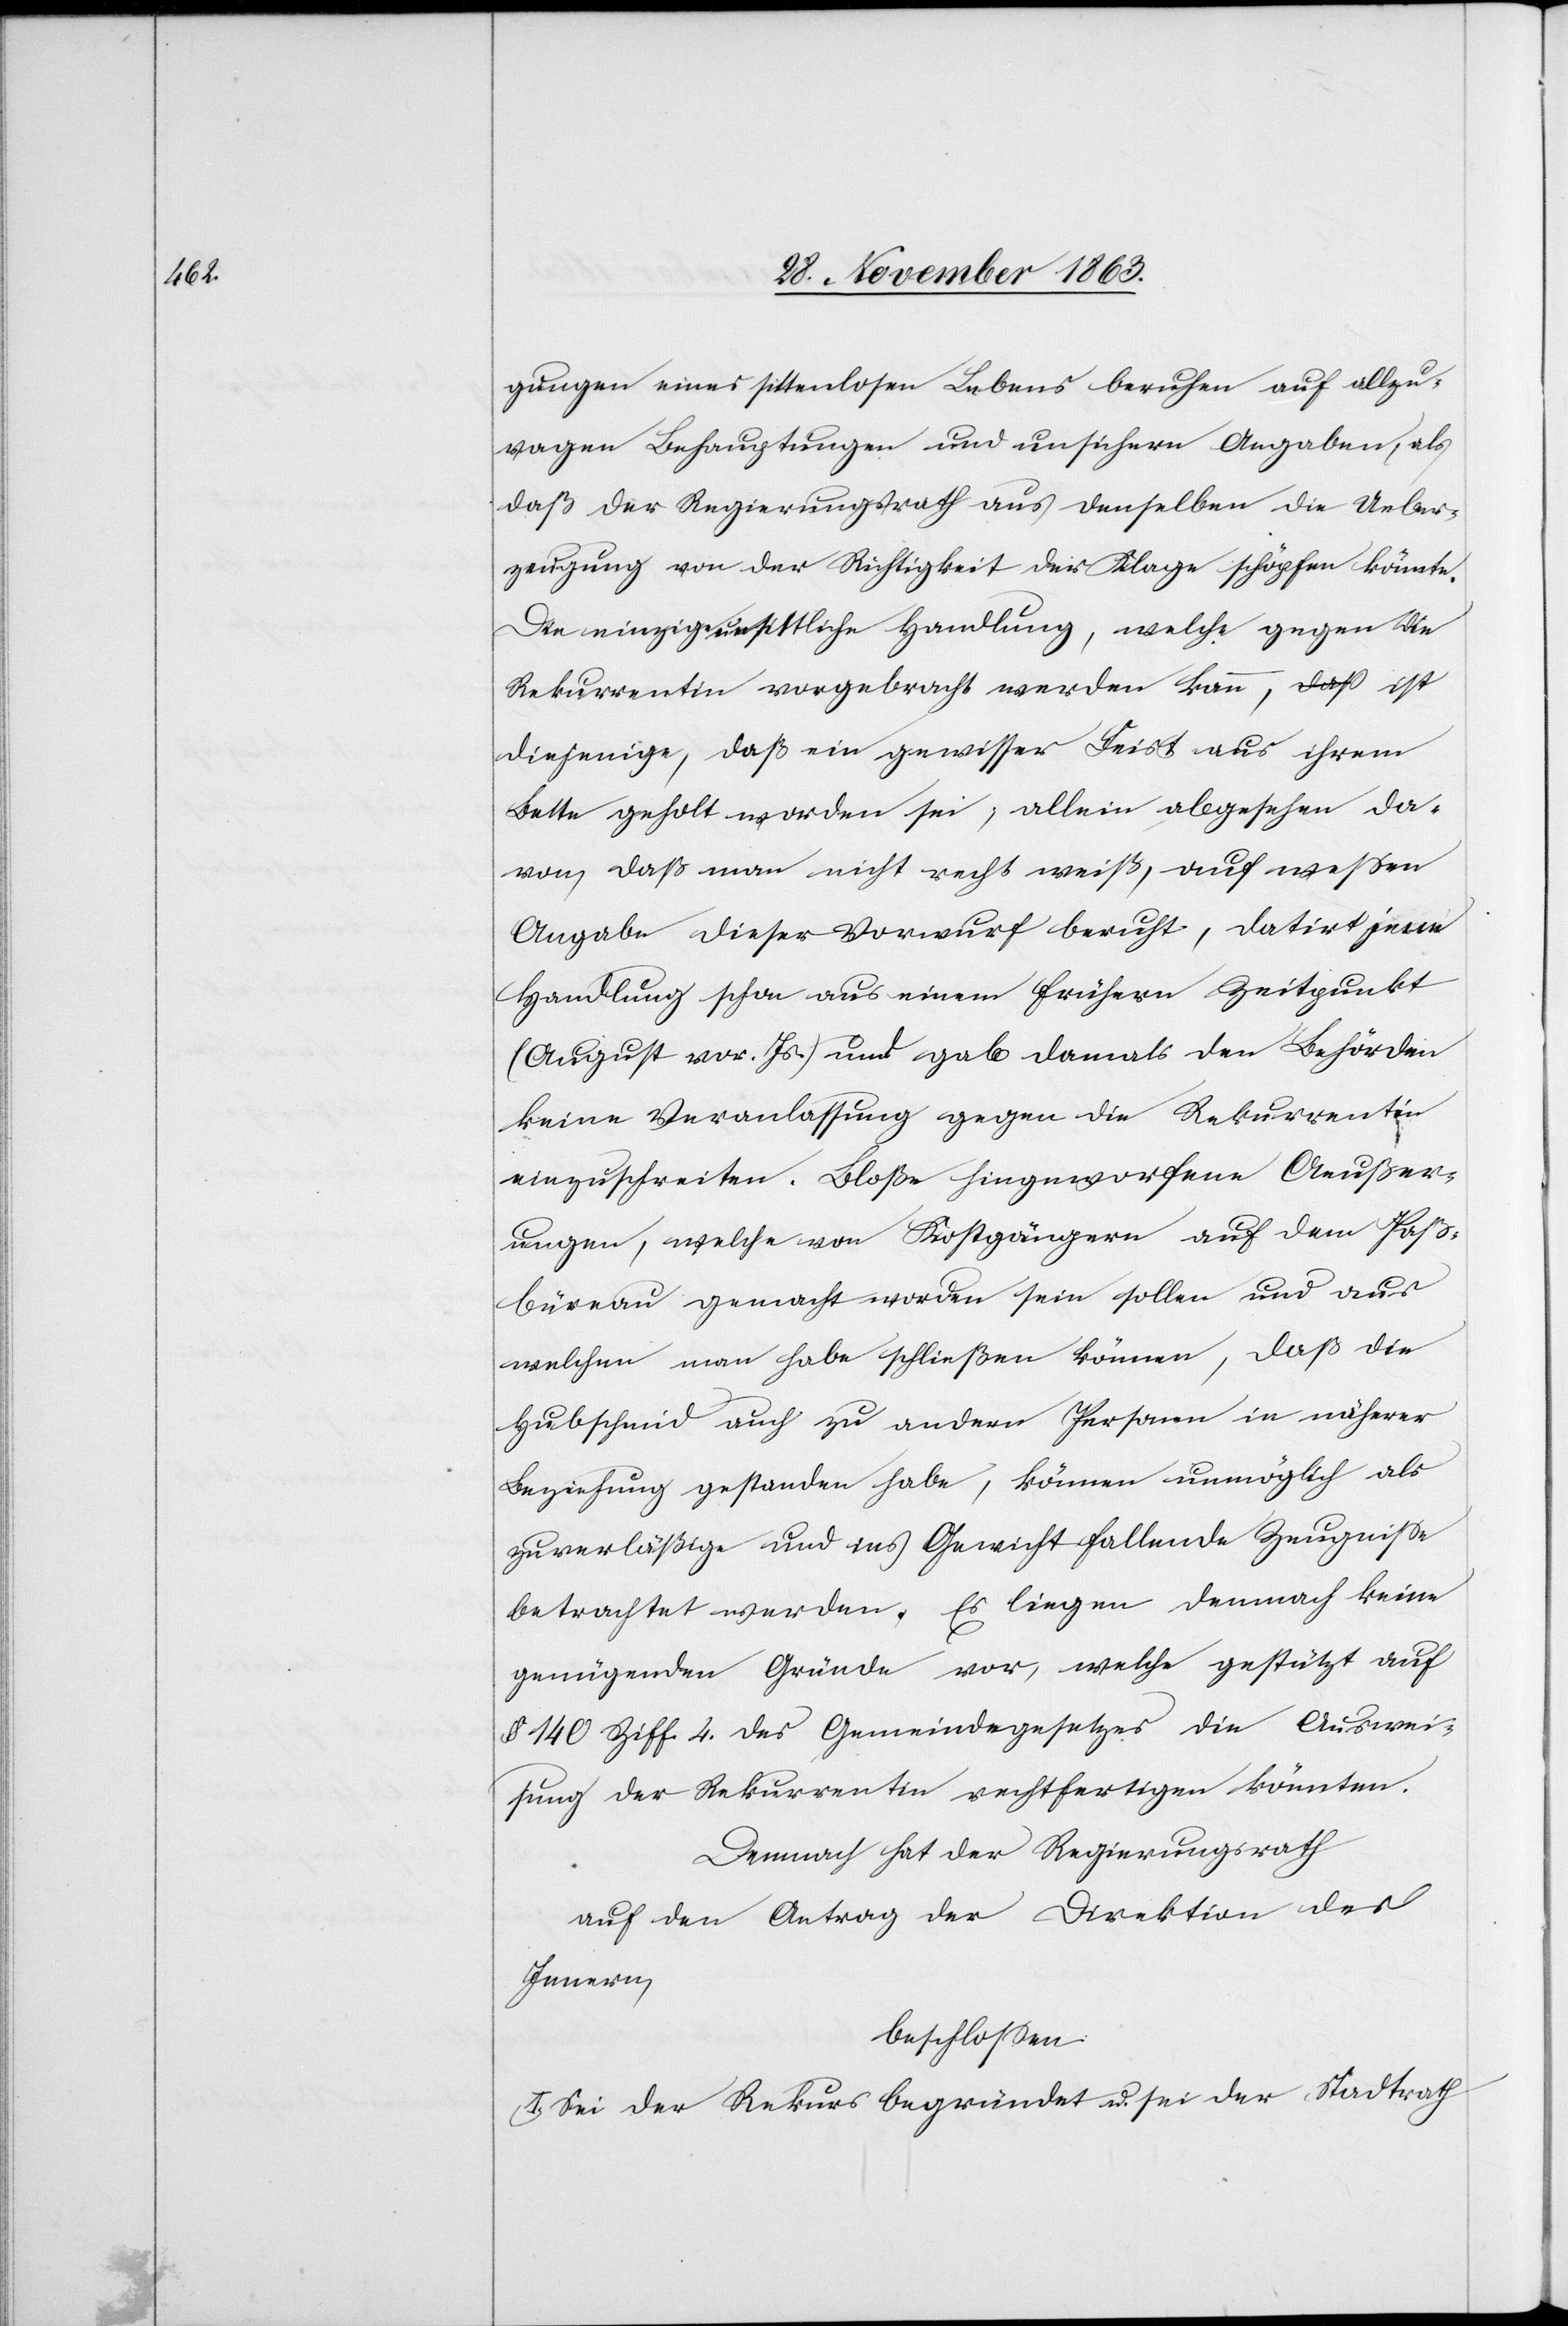
gungen eines sittenlosen Lebens beruhen auf allzu¬
wagen Behauptungen und unsichern Angaben, als
daß der Regierungsrath aus denselben die Ueber¬
zeugung von der Richtigkeit der Klage schöpfen könnte.
Die einzige unsittliche Handlung, welche gegen die
Rekurrentin vorgebracht werden kann, ist
diejenige, daß ein gewisser Feist aus ihrem
Bette geholt worden sei; allein abgesehen da¬
von, daß man nicht recht weiß, auf wessen
Angabe dieser Vorwurf beruht, datirt jene
Handlung schon aus einem frühern Zeitpunkt
(August vor. Js.) und gab damals den Behörden
keine Veranlassung gegen die Rekurrentin
einzuschreiten. Bloße hingeworfene Aeußer¬
ungen, welche von Kostgängern auf dem Paß¬
büreau gemacht worden sein sollen und aus
welchen man habe schließen können, daß die
Hubschmid auch zu andern Personen in näherer
Beziehung gestanden habe, können unmöglich als
zuverläßige und ins Gewicht fallende Zeugnisse
betrachtet werden. Es liegen demnach keine
genügenden Gründe vor, welche gestützt auf
§ 140 Ziff. 4 des Gemeindegesetzes die Auswei¬
sung der Rekurrentin rechtfertigen könnten.
Demnach hat der Regierungsrath
auf den Antrag der Direktion des
Innern,
beschlossen:
I. Sei der Rekurs begründet u. sei der Stadtrath